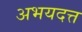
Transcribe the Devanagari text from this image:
अभयदत्त